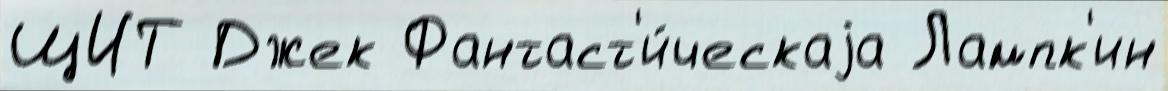
ЩИТ Джек Фантаст'и́ческаjа Лампк'ин